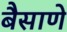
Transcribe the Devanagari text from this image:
बैसाणे